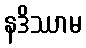
နဒိဿာမ